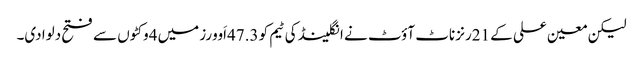
لیکن معین علی کے 21رنز ناٹ آؤٹ نے انگلینڈ کی ٹیم کو 47.3اَوورز میں 4وکٹوں سے فتح دلوا دی۔